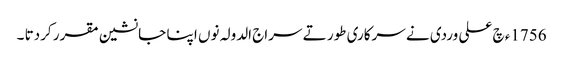
1756ء چ علی وردی نے سرکاری طور تے سراج الدولہ نوں ا پنا جانشین مقرر کردتا ۔